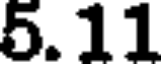
5.11